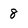
Character: 8